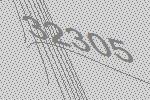
32305